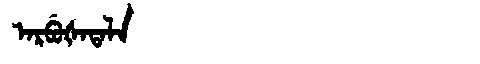
Manchu: ᠠᡵᠪᡠᡧᠠᡨᠠᠯᠠ
Romanization: ARBUŠATALA